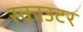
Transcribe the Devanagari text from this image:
स्काउटर